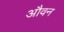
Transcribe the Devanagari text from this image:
औवन